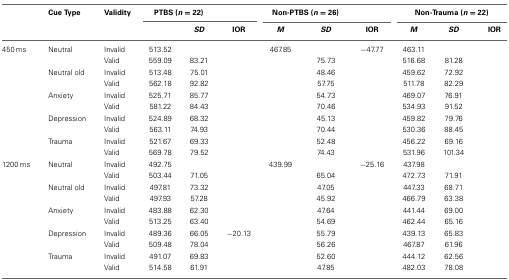
<table><thead><tr><td rowspan="2">[EMPTY_CELL]</td><td rowspan="2"><b>Cue Type</b></td><td rowspan="2"><b>Validity</b></td><td colspan="3"><b>PTBS (<i>n</i> = 22)</b></td><td colspan="3"><b>Non-PTBS (<i>n</i> = 26)</b></td><td colspan="3"><b>Non-Trauma (<i>n</i> = 22)</b></td></tr><tr><td>[EMPTY_CELL]</td><td><b><i>SD</i></b></td><td><b>IOR</b></td><td><b><i>M</i></b></td><td><b><i>SD</i></b></td><td><b>IOR</b></td><td><b><i>M</i></b></td><td><b><i>SD</i></b></td><td><b>IOR</b></td></tr></thead><tbody><tr><td rowspan="10">450 ms</td><td>Neutral</td><td>Invalid</td><td>513.52</td><td>[EMPTY_CELL]</td><td>[EMPTY_CELL]</td><td>467.85</td><td>[EMPTY_CELL]</td><td>−47.77</td><td>463.11</td><td>[EMPTY_CELL]</td><td>[EMPTY_CELL]</td></tr><tr><td>[EMPTY_CELL]</td><td>Valid</td><td>559.09</td><td>83.21</td><td>[EMPTY_CELL]</td><td>[EMPTY_CELL]</td><td>75.73</td><td>[EMPTY_CELL]</td><td>516.68</td><td>81.28</td><td>[EMPTY_CELL]</td></tr><tr><td>Neutral old</td><td>Invalid</td><td>513.48</td><td>75.01</td><td>[EMPTY_CELL]</td><td>[EMPTY_CELL]</td><td>48.46</td><td>[EMPTY_CELL]</td><td>459.62</td><td>72.92</td><td>[EMPTY_CELL]</td></tr><tr><td>[EMPTY_CELL]</td><td>Valid</td><td>562.18</td><td>92.82</td><td>[EMPTY_CELL]</td><td>[EMPTY_CELL]</td><td>57.75</td><td>[EMPTY_CELL]</td><td>511.78</td><td>82.29</td><td>[EMPTY_CELL]</td></tr><tr><td>Anxiety</td><td>Invalid</td><td>525.71</td><td>85.77</td><td>[EMPTY_CELL]</td><td>[EMPTY_CELL]</td><td>54.73</td><td>[EMPTY_CELL]</td><td>469.07</td><td>76.91</td><td>[EMPTY_CELL]</td></tr><tr><td>[EMPTY_CELL]</td><td>Valid</td><td>581.22</td><td>84.43</td><td>[EMPTY_CELL]</td><td>[EMPTY_CELL]</td><td>70.46</td><td>[EMPTY_CELL]</td><td>534.93</td><td>91.52</td><td>[EMPTY_CELL]</td></tr><tr><td>Depression</td><td>Invalid</td><td>524.89</td><td>68.32</td><td>[EMPTY_CELL]</td><td>[EMPTY_CELL]</td><td>45.13</td><td>[EMPTY_CELL]</td><td>459.82</td><td>79.76</td><td>[EMPTY_CELL]</td></tr><tr><td>[EMPTY_CELL]</td><td>Valid</td><td>563.11</td><td>74.93</td><td>[EMPTY_CELL]</td><td>[EMPTY_CELL]</td><td>70.44</td><td>[EMPTY_CELL]</td><td>530.36</td><td>88.45</td><td>[EMPTY_CELL]</td></tr><tr><td>Trauma</td><td>Invalid</td><td>521.67</td><td>69.33</td><td>[EMPTY_CELL]</td><td>[EMPTY_CELL]</td><td>52.48</td><td>[EMPTY_CELL]</td><td>456.22</td><td>69.16</td><td>[EMPTY_CELL]</td></tr><tr><td>[EMPTY_CELL]</td><td>Valid</td><td>569.78</td><td>79.52</td><td>[EMPTY_CELL]</td><td>[EMPTY_CELL]</td><td>74.43</td><td>[EMPTY_CELL]</td><td>531.96</td><td>101.34</td><td>[EMPTY_CELL]</td></tr><tr><td rowspan="10">1200 ms</td><td>Neutral</td><td>Invalid</td><td>492.75</td><td>[EMPTY_CELL]</td><td>[EMPTY_CELL]</td><td>439.99</td><td>[EMPTY_CELL]</td><td>−25.16</td><td>437.98</td><td>[EMPTY_CELL]</td><td>[EMPTY_CELL]</td></tr><tr><td>[EMPTY_CELL]</td><td>Valid</td><td>503.44</td><td>71.05</td><td>[EMPTY_CELL]</td><td>[EMPTY_CELL]</td><td>65.04</td><td>[EMPTY_CELL]</td><td>472.73</td><td>71.91</td><td>[EMPTY_CELL]</td></tr><tr><td>Neutral old</td><td>Invalid</td><td>497.81</td><td>73.32</td><td>[EMPTY_CELL]</td><td>[EMPTY_CELL]</td><td>47.05</td><td>[EMPTY_CELL]</td><td>447.33</td><td>68.71</td><td>[EMPTY_CELL]</td></tr><tr><td>[EMPTY_CELL]</td><td>Valid</td><td>497.93</td><td>57.28</td><td>[EMPTY_CELL]</td><td>[EMPTY_CELL]</td><td>45.92</td><td>[EMPTY_CELL]</td><td>466.79</td><td>63.38</td><td>[EMPTY_CELL]</td></tr><tr><td>Anxiety</td><td>Invalid</td><td>483.88</td><td>62.30</td><td>[EMPTY_CELL]</td><td>[EMPTY_CELL]</td><td>47.64</td><td>[EMPTY_CELL]</td><td>441.44</td><td>69.00</td><td>[EMPTY_CELL]</td></tr><tr><td>[EMPTY_CELL]</td><td>Valid</td><td>513.25</td><td>63.40</td><td>[EMPTY_CELL]</td><td>[EMPTY_CELL]</td><td>54.69</td><td>[EMPTY_CELL]</td><td>462.44</td><td>65.16</td><td>[EMPTY_CELL]</td></tr><tr><td>Depression</td><td>Invalid</td><td>489.36</td><td>66.05</td><td>−20.13</td><td>[EMPTY_CELL]</td><td>55.79</td><td>[EMPTY_CELL]</td><td>439.13</td><td>65.83</td><td>[EMPTY_CELL]</td></tr><tr><td>[EMPTY_CELL]</td><td>Valid</td><td>509.48</td><td>78.04</td><td>[EMPTY_CELL]</td><td>[EMPTY_CELL]</td><td>56.26</td><td>[EMPTY_CELL]</td><td>467.87</td><td>61.96</td><td>[EMPTY_CELL]</td></tr><tr><td>Trauma</td><td>Invalid</td><td>491.07</td><td>69.83</td><td>[EMPTY_CELL]</td><td>[EMPTY_CELL]</td><td>52.60</td><td>[EMPTY_CELL]</td><td>444.12</td><td>62.56</td><td>[EMPTY_CELL]</td></tr><tr><td>[EMPTY_CELL]</td><td>Valid</td><td>514.58</td><td>61.91</td><td>[EMPTY_CELL]</td><td>[EMPTY_CELL]</td><td>47.85</td><td>[EMPTY_CELL]</td><td>482.03</td><td>78.08</td><td>[EMPTY_CELL]</td></tr></tbody></table>